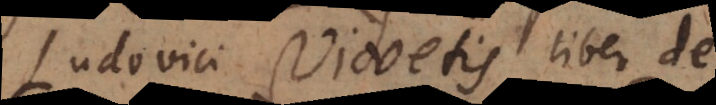
Ludovici Vivetis liber De